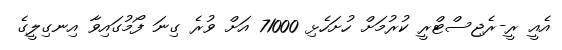
އެއީ ރީ-ރެޖިސްޓްރީ ކުރުމަށް ހުށަހެޅި 71000 އަށް ވުރެ ގިނަ ފޯމުގައިވާ އިނގިލީގެ